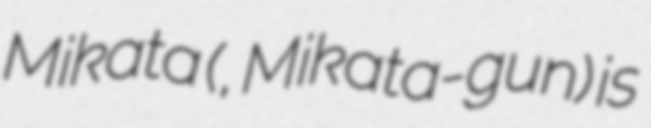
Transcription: Mikata (美方郡, Mikata-gun) is